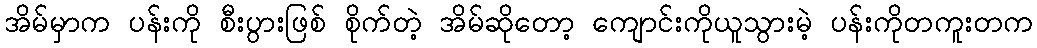
အိမ်မှာက ပန်းကို စီးပွားဖြစ် စိုက်တဲ့ အိမ်ဆိုတော့ ကျောင်းကိုယူသွားမဲ့ ပန်းကိုတကူးတက